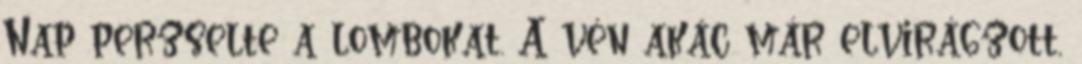
Nap perzselte a lombokat. A vén akác már elvirágzott,